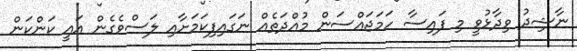
ނާޝިދު ވިދާޅުވީ މި ފައިސާ ހަމަޖައްސަން މުއްދަތެއް ނަގައިފިކަމަށާއި ލަސްވެގެން އައީ ކަންކަން